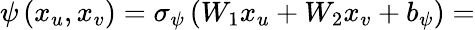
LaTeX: \psi\left(x_{u},x_{v}\right)=\sigma_{\psi}\left(W_{1}x_{u}+W_{2}x_{v}+b_{\psi}\right)=